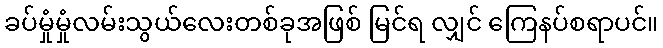
ခပ်မှုံမှုံလမ်းသွယ်လေးတစ်ခုအဖြစ် မြင်ရ လျှင် ကြေနပ်စရာပင်။